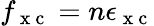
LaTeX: f_{\mathrm{~x~c~}}=n\epsilon_{\mathrm{~x~c~}}